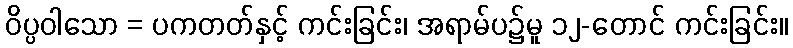
ဝိပ္ပဝါသော = ပကတတ်နှင့် ကင်းခြင်း၊ အရာမ်ပ၌မူ ၁၂-တောင် ကင်းခြင်း။